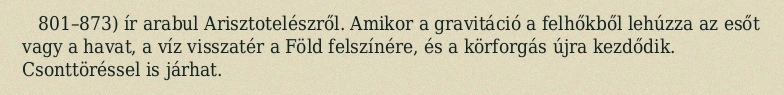
801–873) ír arabul Arisztotelészről. Amikor a gravitáció a felhőkből lehúzza az esőt vagy a havat, a víz visszatér a Föld felszínére, és a körforgás újra kezdődik. Csonttöréssel is járhat.